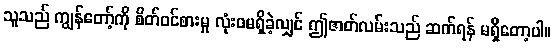
သူသည် ကျွန်တော့်ကို စိတ်ဝင်စားမှု လုံးဝမရှိခဲ့လျှင် ဤဇာတ်လမ်းသည် ဆက်ရန် မရှိတော့ပါ။